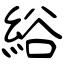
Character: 綌